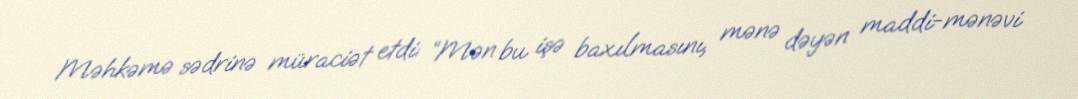
Məhkəmə sədrinə müraciət etdi: “Mən bu işə baxılmasını, mənə dəyən maddi-mənəvi